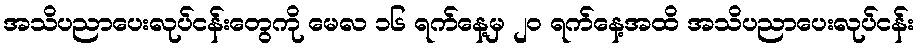
အသိပညာပေးလုပ်ငန်းတွေကို မေလ ၁၆ ရက်နေ့မှ ၂၀ ရက်နေ့အထိ အသိပညာပေးလုပ်ငန်း